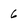
Character: 6